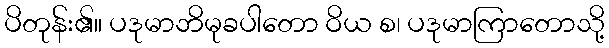
ပိတုန်း၏။ ပဒုမာဘိမုခပါတော ဝိယ စ၊ ပဒုမာကြာတောသို့